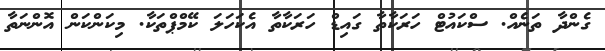
ގެންދާ ތަނެއް. ސްކައުޓް ހަރަކާތާ ގައިޑް ހަރަކާތާ އެކަހަލަ ކޭމްޕްތަކާ. މިކަންކަން އޮންނަތާ